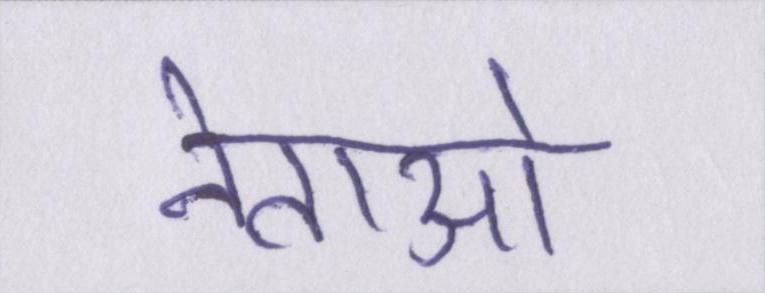
नेताओ